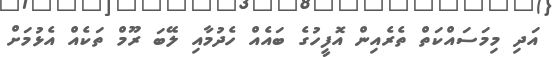
އަދި މިމަސައްކަތް ތެރެއިން އޮފީހުގެ ބައެއް ހެދުމާއި ލޭބަ ރޫމް ތަކެއް އެޅުމަށް